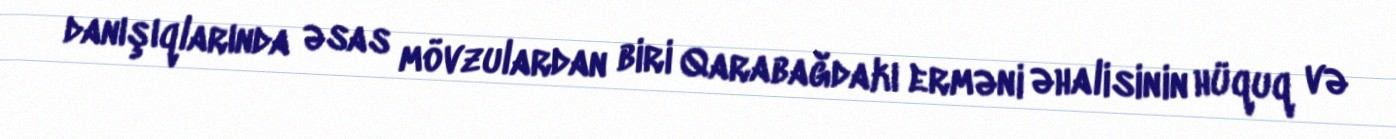
danışıqlarında əsas mövzulardan biri Qarabağdakı erməni əhalisinin hüquq və